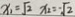
x _ { 2 } = \sqrt { 2 } x _ { 2 } = - \sqrt { 2 }